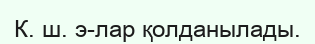
К. ш. э-лар қолданылады.